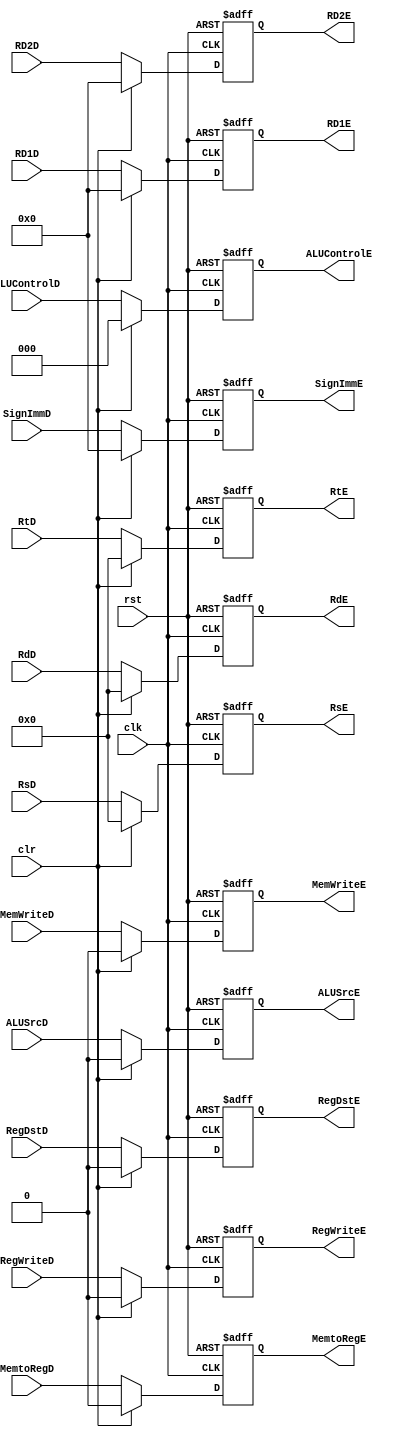
module decode_pipe_reg (
    input wire          clk,
    input wire          rst,
    input wire          clr,
    input wire          RegWriteD,
    input wire          MemtoRegD,
    input wire          MemWriteD,
    input wire [2:0]    ALUControlD,
    input wire          ALUSrcD,
    input wire          RegDstD,
    input wire [4:0]    RsD,
    input wire [4:0]    RtD,
    input wire [4:0]    RdD,
    input wire [31:0]   RD1D,
    input wire [31:0]   RD2D,
    input wire [31:0]   SignImmD,
    output reg          RegWriteE,
    output reg          MemtoRegE,
    output reg          MemWriteE,
    output reg [2:0]    ALUControlE,
    output reg          ALUSrcE,
    output reg          RegDstE,
    output reg [4:0]    RsE,
    output reg [4:0]    RtE,
    output reg [4:0]    RdE,
    output reg [31:0]   RD1E,
    output reg [31:0]   RD2E,
    output reg [31:0]   SignImmE
);

always @(posedge clk or negedge rst)
begin
    if(!rst)
    begin
        RegWriteE   <= 'b0;
        MemtoRegE   <= 'b0;
        MemWriteE   <= 'b0;
        ALUControlE <= 'b0;
        ALUSrcE     <= 'b0;
        RegDstE     <= 'b0;
        RsE         <= 'b0;
        RtE         <= 'b0;
        RdE         <= 'b0;
        RD1E        <= 'b0;
        RD2E        <= 'b0;
        SignImmE    <= 'b0;
    end
    else if (clr)
    begin
        RegWriteE   <= 'b0;
        MemtoRegE   <= 'b0;
        MemWriteE   <= 'b0;
        ALUControlE <= 'b0;
        ALUSrcE     <= 'b0;
        RegDstE     <= 'b0;
        RsE         <= 'b0;
        RtE         <= 'b0;
        RdE         <= 'b0;
        RD1E        <= 'b0;
        RD2E        <= 'b0;
        SignImmE    <= 'b0;
    end
    else
    begin
        RegWriteE   <= RegWriteD;
        MemtoRegE   <= MemtoRegD;
        MemWriteE   <= MemWriteD;
        ALUControlE <= ALUControlD;
        ALUSrcE     <= ALUSrcD;
        RegDstE     <= RegDstD;
        RsE         <= RsD;
        RtE         <= RtD;
        RdE         <= RdD;
        RD1E        <= RD1D;
        RD2E        <= RD2D;
        SignImmE    <= SignImmD;
    end
end

endmodule